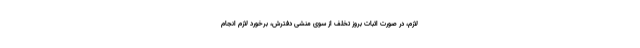
لازم، در صورت اثبات بروز تخلف از سوی منشی دفترش، برخورد لازم انجام